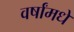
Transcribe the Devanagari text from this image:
वर्षांमधे